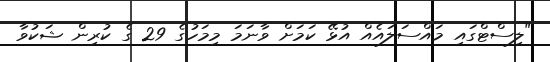
"ލިސްޓްގައި މައްސަލައެއް އުޅޭ ކަމަށް ވާނަމަ މިމަހުގެ 29 ގެ ކުރިން ޝަކުވާ